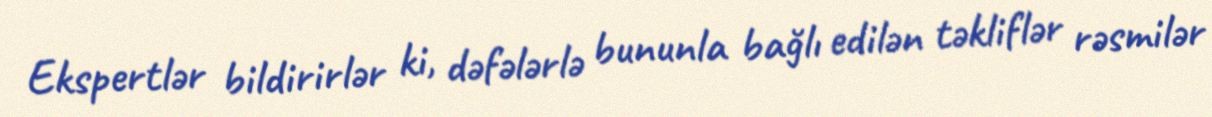
Ekspertlər bildirirlər ki, dəfələrlə bununla bağlı edilən təkliflər rəsmilər